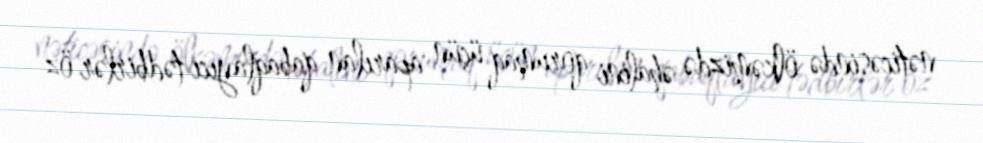
nəticəsində ölkəmizdə əhalini qorumaq üçün aparılan qabaqlayıcı tədbirlər öz